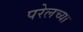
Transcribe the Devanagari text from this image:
परेलच्या